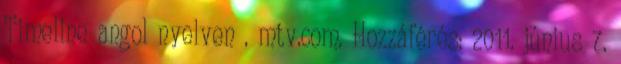
Timeline angol nyelven . mtv.com. Hozzáférés: 2011. június 7.